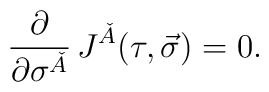
\frac{\partial}{\partial\sigma^{\check{A}}}\,J^{\check{A}}(\tau,\vec{\sigma}) = 0.